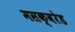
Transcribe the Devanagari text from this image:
मसक्वरेड